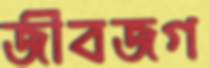
জীবজগ